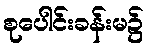
စုပေါင်းခန်းမ၌